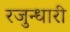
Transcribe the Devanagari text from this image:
रजुन्धारी